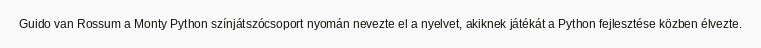
Guido van Rossum a Monty Python színjátszócsoport nyomán nevezte el a nyelvet, akiknek játékát a Python fejlesztése közben élvezte.